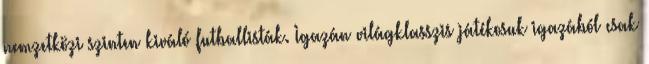
nemzetközi szinten kiváló futballisták. Igazán világklasszis játékosuk igazából csak